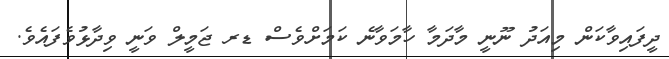
ދީފައިވާކަން މިއަދު ނޫނީ މާދަމާ ހާމަވާނެ ކަމަށްވެސް ޑރ ޖަމީލް ވަނީ ވިދާޅުވެފައެވެ.